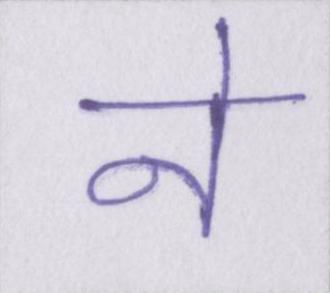
ने